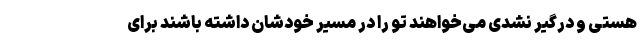
هستی و درگیر نشدی می‌خواهند تو را در مسیر خودشان داشته باشند برای